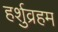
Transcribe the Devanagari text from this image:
हर्शुव्रहम